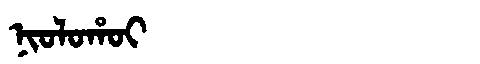
Manchu: ᠨᡳᠣᠯᠣᡥᠣᡳ
Romanization: NIOLOHOI